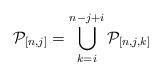
LaTeX: \begin{align*}\mathcal{P}_{[n,j]}=\bigcup_{k=i}^{n-j+i}\mathcal{P}_{[n,j,k]}\end{align*}